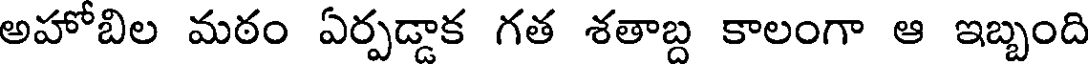
అహోబిల మఠం ఏర్పడ్డాక గత శతాబ్ద కాలంగా ఆ ఇబ్బంది